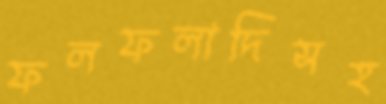
ফলফলাদিসহ